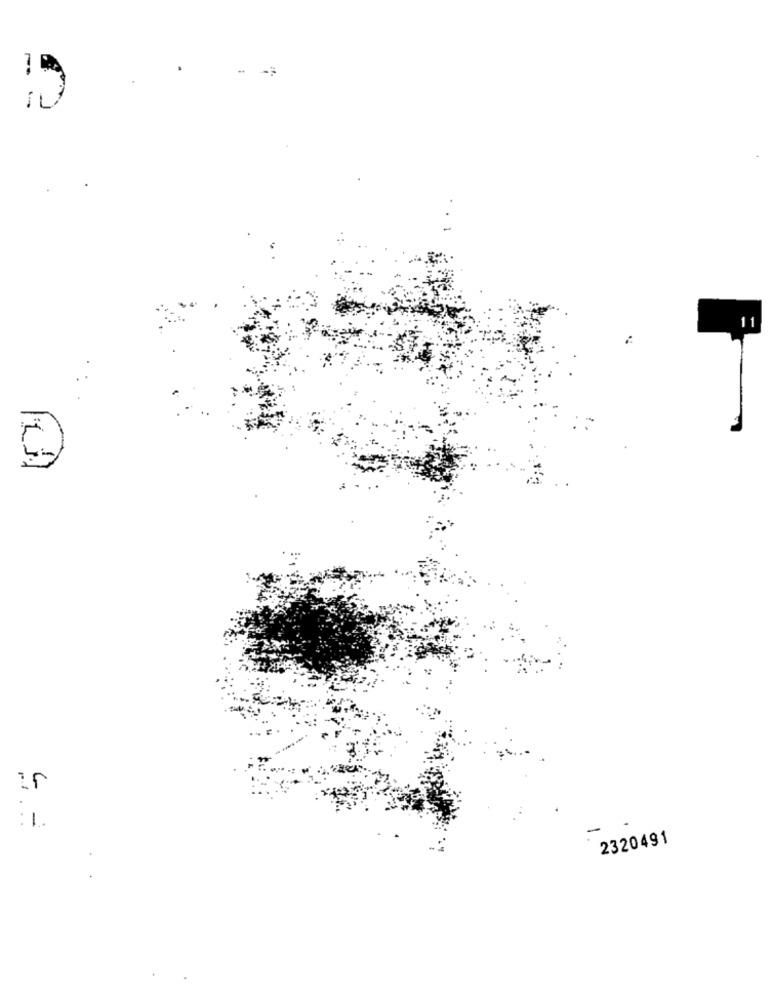
LJ1
G
: 1.
2320491